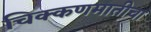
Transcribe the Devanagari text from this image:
चिक्कणमातीचा